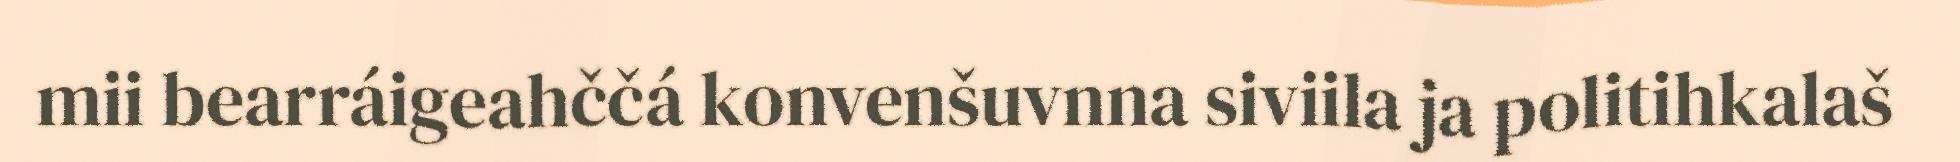
mii bearráigeahččá konvenšuvnna siviila ja politihkalaš